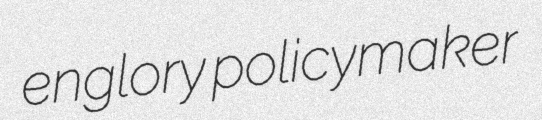
englory policymaker